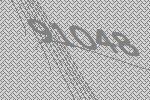
91048